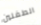
الطفلين